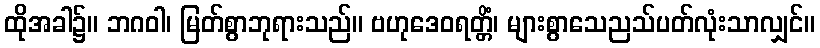
ထိုအခါ၌။ ဘဂဝါ၊ မြတ်စွာဘုရားသည်။ ဗဟုဒေဝရတ္တိံ၊ များစွာသေညသ်ပတ်လုံးသာလျှင်။